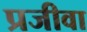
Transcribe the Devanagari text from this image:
प्रजीवा